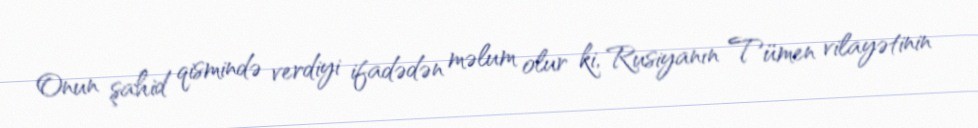
Onun şahid qismində verdiyi ifadədən məlum olur ki, Rusiyanın Tümen vilayətinin